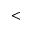
{ < }